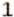
1